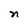
Character: n